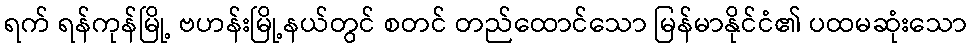
ရက် ရန်ကုန်မြို့ ဗဟန်းမြို့နယ်တွင် စတင် တည်ထောင်သော မြန်မာနိုင်ငံ၏ ပထမဆုံးသော